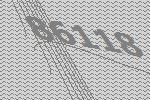
86118